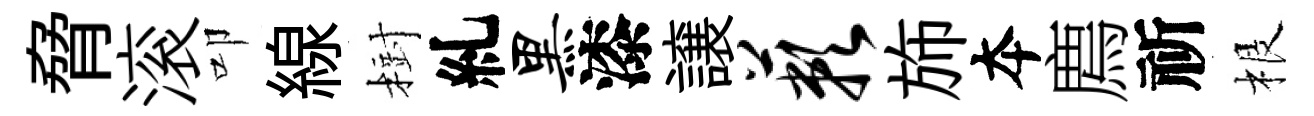
脅滚叩線𣗳糺黑漆譲蔌斾夲廌祈根